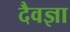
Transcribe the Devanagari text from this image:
दैवज्ञा